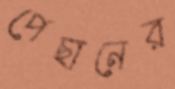
পেছানের